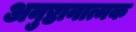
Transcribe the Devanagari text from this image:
अनुष्ठानात्मक